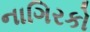
નાગિરકો